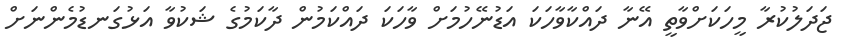
ޖަދަލުކުރާ މީހަކަށްވާތީ އޭނާ ދައްކާވާހަކަ އަޑުނޭހުމަށް ވާހަކަ ދައްކަމުން ދާކަމުގެ ޝަކުވާ އަޅުގަނޑުމެންނަށް